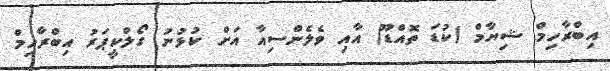
އިބްރާހިމް ޝިޔާމް (ކުޑަ ތޮއްޑޫ) އާއި ވެލެންސިއާ އަށް ކުޅުނު ގޯލްކީޕަރު އިބްރާހިމް